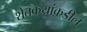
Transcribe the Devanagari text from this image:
शेतकय्रांकडील